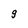
Character: 9